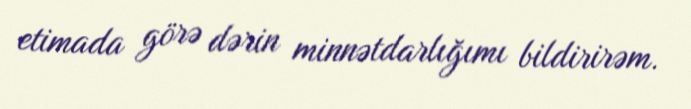
etimada görə dərin minnətdarlığımı bildirirəm.